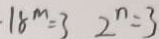
1 8 ^ { m } = 3 2 ^ { n } = 3